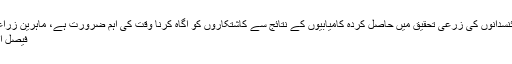
سائنسدانوں کی زرعی تحقیق میں حاصل کردہ کامیابیوں کے نتائج سے کاشتکاروں کو آگاہ کرنا وقت کی اہم ضرورت ہے، ماہرین زراعت
فیصل آباد۔